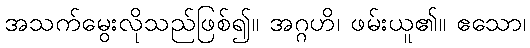
အသက်မွေးလိုသည်ဖြစ်၍။ အဂ္ဂဟိ၊ ဖမ်းယူ၏။ ဧသော၊